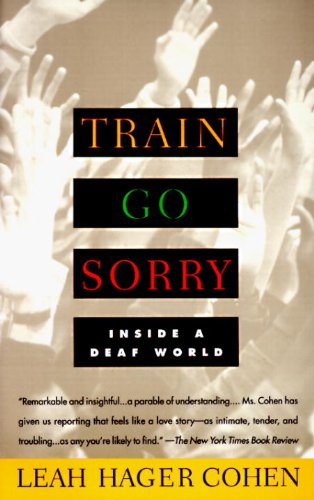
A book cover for Train Go Sorry: Inside a Deaf World; Leah Hager Cohen; Health, Fitness & Dieting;